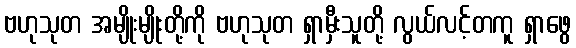
ဗဟုသုတ အမျိုးမျိုးတို့ကို ဗဟုသုတ ရှာမှီးသူတို့ လွယ်လင့်တကူ ရှာဖွေ